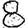
Digit: 8